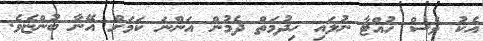
އެކު ވެސް ހުއްޓާ ނުލައި ހިދުމަތް ދެމުން އަންނަ ކަމަށް އޭނާ ބުންޏެވެ.